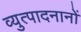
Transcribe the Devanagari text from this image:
व्युत्पादनानों